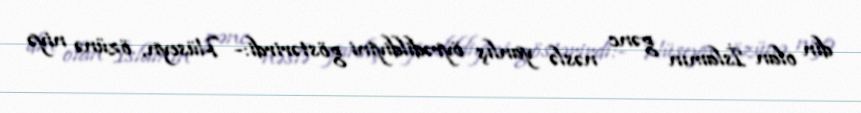
din olan İslamın gənc nəslə yanlış öyrədildiyini göstərirdi:- Hüseyn, özünə niyə